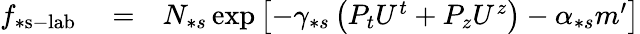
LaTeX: \begin{array}{rlr}{f_{\ast\mathrm{s-lab}}}&{{}=}&{N_{\ast s}\exp\left[-\gamma_{\ast s}\left(P_{t}U^{t}+P_{z}U^{z}\right)-\alpha_{\ast s}m^{\prime}\right]}\end{array}